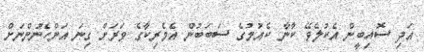
އަދި ސޮއިބީން އެކުލެވޭ ކާނާ ކެއުމުގެ ސަބަބުން އެމެރިކާގެ ވަރަށް ގިނަ އަންހެނުންނަށް